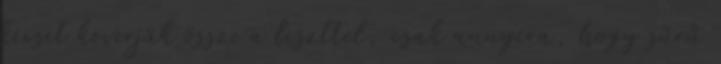
kicsit keverjük össze a liszttel, csak annyira, hogy sűrű